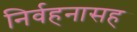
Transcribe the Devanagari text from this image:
निर्वहनासह